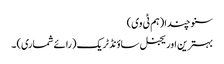
سنو چندا (ہم ٹی وی)
بہترین اوریجنل ساؤنڈ ٹریک (رائے شماری) ۔